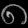
Digit: ၈